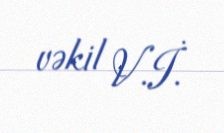
vəkil V.İ.